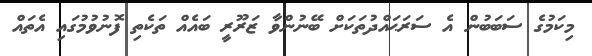
މިކަމުގެ ސަބަބުން އެ ސަރަޙައްދުތަކަށް ބޭނުންވާ ޒަރޫރީ ބައެއް ތަކެތި ފޮނުވުމުގައި އެތައް